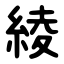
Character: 綾